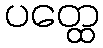
ပတ္ထေ